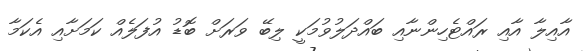
އާއިލާ އާއި ރައްޓެހިންނާއި ބައްދަލުވުމަކީ ލިބޭ ވަރަށް ބޮޑު އުފަލެއް ކަމަށާއި އެކަމާ